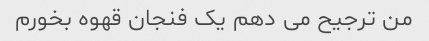
من ترجیح می دهم یک فنجان قهوه بخورم